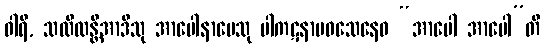
ဝါရိ, သလိလန္တိအာဒီသု အာပေါနာမေသု ပါကဋနာမဝသေနေဝ “အာပေါ အာပေါ”တိ